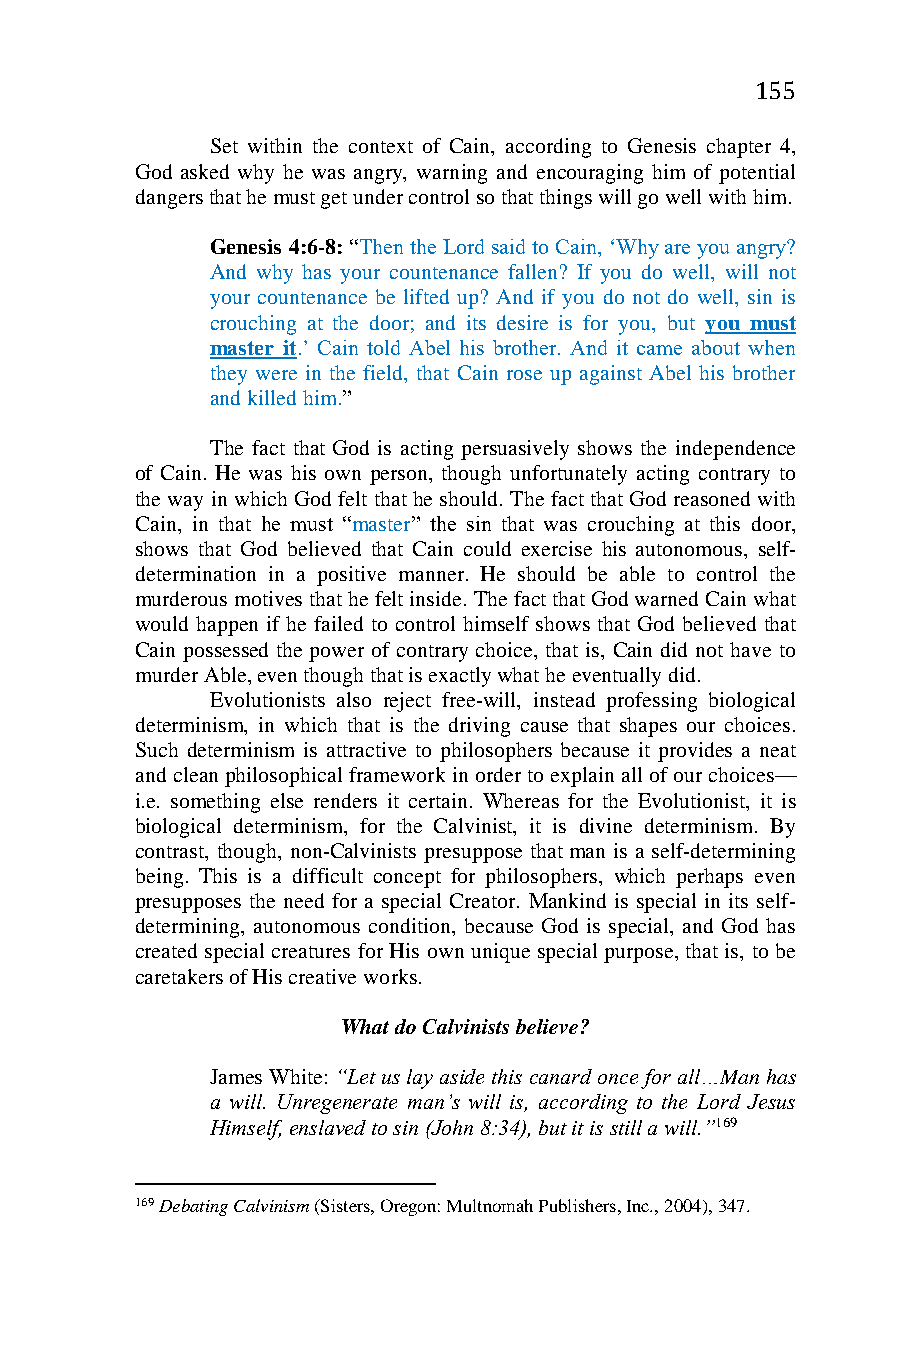
155
 Set within the context of Cain, according to Genesis chapter 4,
 God asked why he was angry, warning and encouraging him of potential
 dangers that he must get under control so that things will go well with him.
 Genesis 4:6-8: “Then the Lord said to Cain, ‘Why are you angry?
 And why has your countenance fallen? If you do well, will not
 your countenance be lifted up? And if you do not do well, sin is
 crouching at the door; and its desire is for you, but you must
 master it.’ Cain told Abel his brother. And it came about when
 they were in the field, that Cain rose up against Abel his brother
 and killed him.”
 The fact that God is acting persuasively shows the independence
 of Cain. He was his own person, though unfortunately acting contrary to
 the way in which God felt that he should. The fact that God reasoned with
 Cain, in that he must “master” the sin that was crouching at this door,
 shows that God believed that Cain could exercise his autonomous, self-
 determination in a positive manner. He should be able to control the
 murderous motives that he felt inside. The fact that God warned Cain what
 would happen if he failed to control himself shows that God believed that
 Cain possessed the power of contrary choice, that is, Cain did not have to
 murder Able, even though that is exactly what he eventually did.
 Evolutionists also reject free-will, instead professing biological
 determinism, in which that is the driving cause that shapes our choices.
 Such determinism is attractive to philosophers because it provides a neat
 and clean philosophical framework in order to explain all of our choices—
 i.e. something else renders it certain. Whereas for the Evolutionist, it is
 biological determinism, for the Calvinist, it is divine determinism. By
 contrast, though, non-Calvinists presuppose that man is a self-determining
 being. This is a difficult concept for philosophers, which perhaps even
 presupposes the need for a special Creator. Mankind is special in its self-
 determining, autonomous condition, because God is special, and God has
 created special creatures for His own unique special purpose, that is, to be
 caretakers of His creative works.
 What do Calvinists believe?
 James White: “Let us lay aside this canard once for all…Man has
 a will. Unregenerate man’s will is, according to the Lord Jesus
 Himself, enslaved to sin (John 8:34), but it is still a will.”169
 169 Debating Calvinism (Sisters, Oregon: Multnomah Publishers, Inc., 2004), 347.